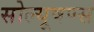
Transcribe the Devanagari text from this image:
सोल्यूषण्स